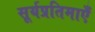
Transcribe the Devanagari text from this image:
सूर्यप्रतिमाएँ